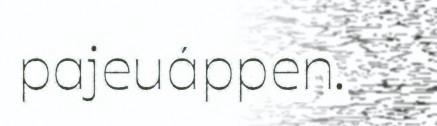
pajeuáppen.